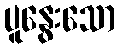
ပူနွေးသော